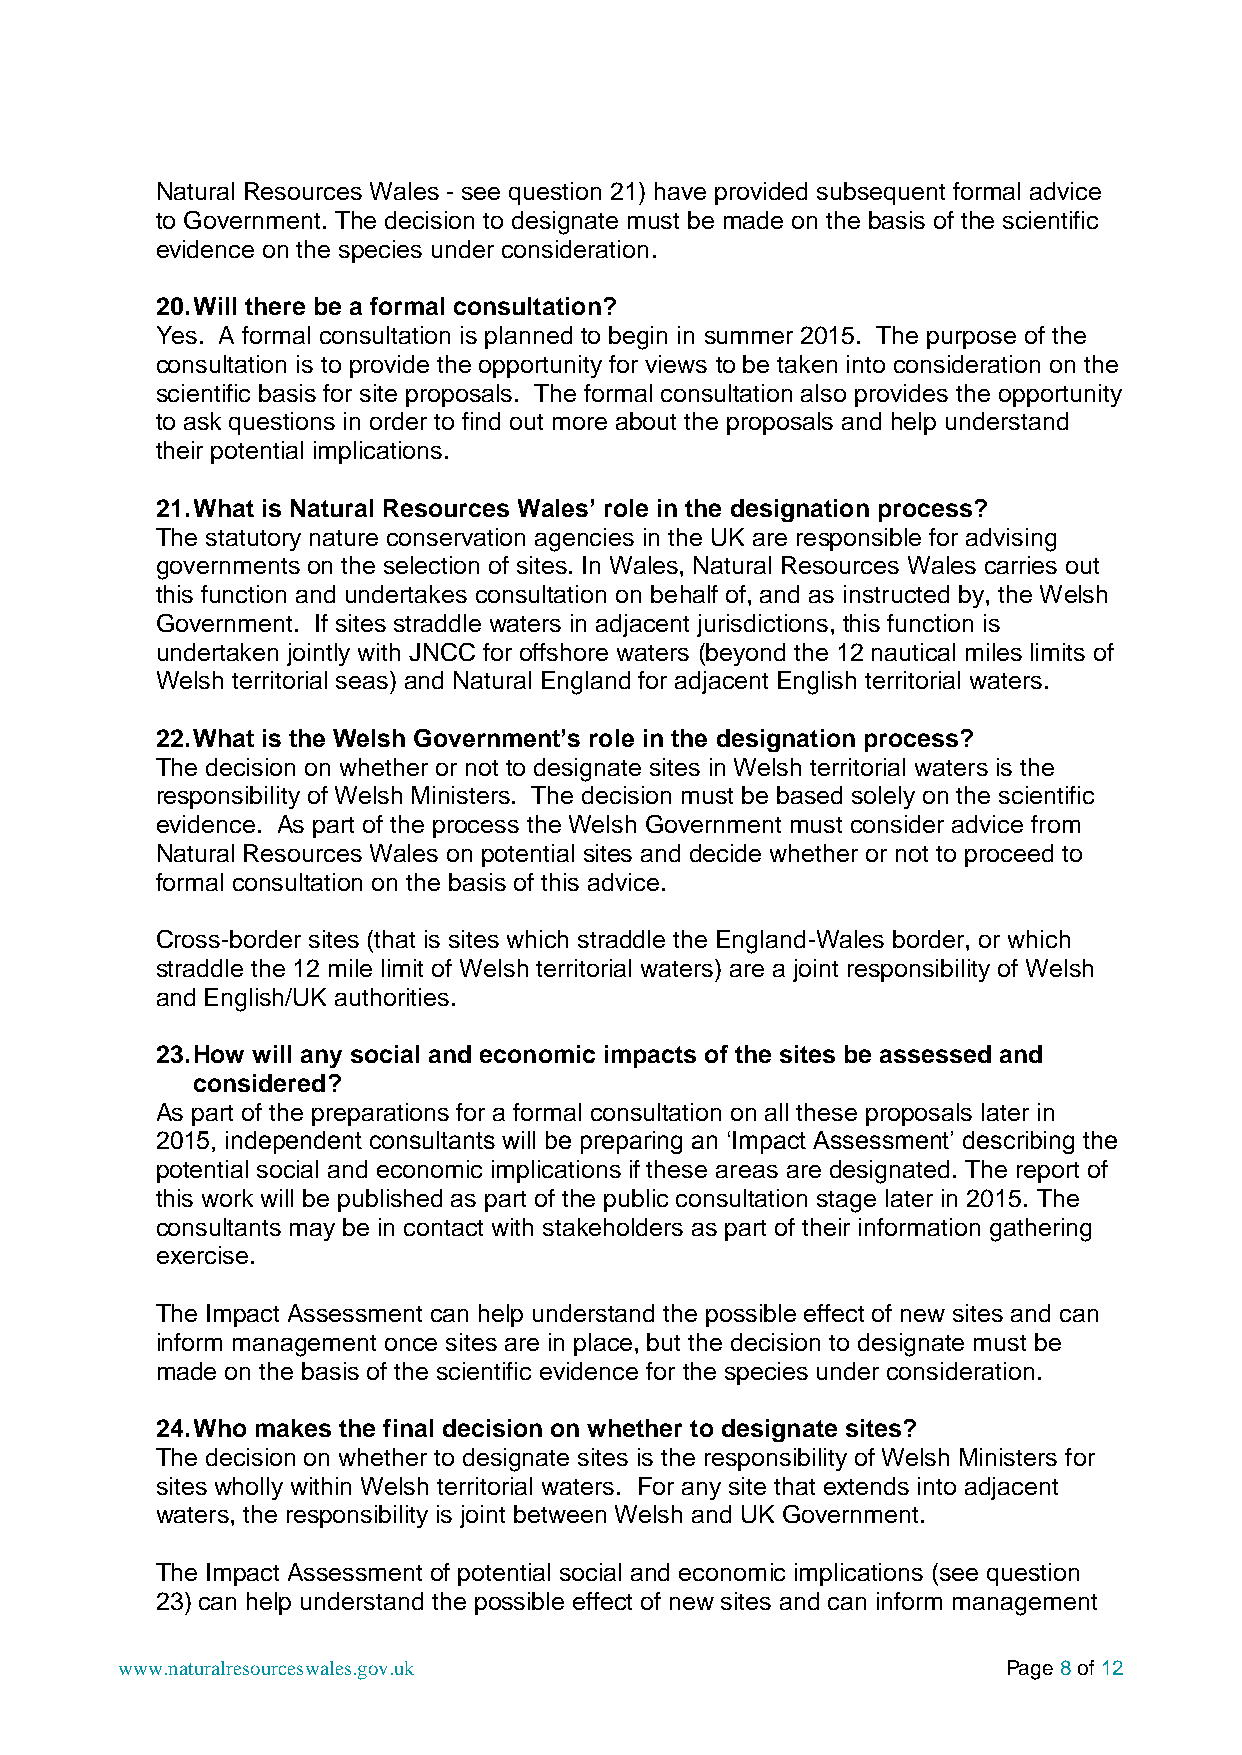
Natural Resources Wales - see question 21) have provided subsequent formal advice
 to Government. The decision to designate must be made on the basis of the scientific
 evidence on the species under consideration.
 20. Will there be a formal consultation?
 Yes. A formal consultation is planned to begin in summer 2015. The purpose of the
 consultation is to provide the opportunity for views to be taken into consideration on the
 scientific basis for site proposals. The formal consultation also provides the opportunity
 to ask questions in order to find out more about the proposals and help understand
 their potential implications.
 21. What is Natural Resources Wales’ role in the designation process?
 The statutory nature conservation agencies in the UK are responsible for advising
 governments on the selection of sites. In Wales, Natural Resources Wales carries out
 this function and undertakes consultation on behalf of, and as instructed by, the Welsh
 Government. If sites straddle waters in adjacent jurisdictions, this function is
 undertaken jointly with JNCC for offshore waters (beyond the 12 nautical miles limits of
 Welsh territorial seas) and Natural England for adjacent English territorial waters.
 22. What is the Welsh Government’s role in the designation process?
 The decision on whether or not to designate sites in Welsh territorial waters is the
 responsibility of Welsh Ministers. The decision must be based solely on the scientific
 evidence. As part of the process the Welsh Government must consider advice from
 Natural Resources Wales on potential sites and decide whether or not to proceed to
 formal consultation on the basis of this advice.
 Cross-border sites (that is sites which straddle the England-Wales border, or which
 straddle the 12 mile limit of Welsh territorial waters) are a joint responsibility of Welsh
 and English/UK authorities.
 23. How will any social and economic impacts of the sites be assessed and
 considered?
 As part of the preparations for a formal consultation on all these proposals later in
 2015, independent consultants will be preparing an ‘Impact Assessment’ describing the
 potential social and economic implications if these areas are designated. The report of
 this work will be published as part of the public consultation stage later in 2015. The
 consultants may be in contact with stakeholders as part of their information gathering
 exercise.
 The Impact Assessment can help understand the possible effect of new sites and can
 inform management once sites are in place, but the decision to designate must be
 made on the basis of the scientific evidence for the species under consideration.
 24. Who makes the final decision on whether to designate sites?
 The decision on whether to designate sites is the responsibility of Welsh Ministers for
 sites wholly within Welsh territorial waters. For any site that extends into adjacent
 waters, the responsibility is joint between Welsh and UK Government.
 The Impact Assessment of potential social and economic implications (see question
 23) can help understand the possible effect of new sites and can inform management
 www.naturalresourceswales.gov.uk                           Page 8 of 12